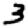
Digit: 3